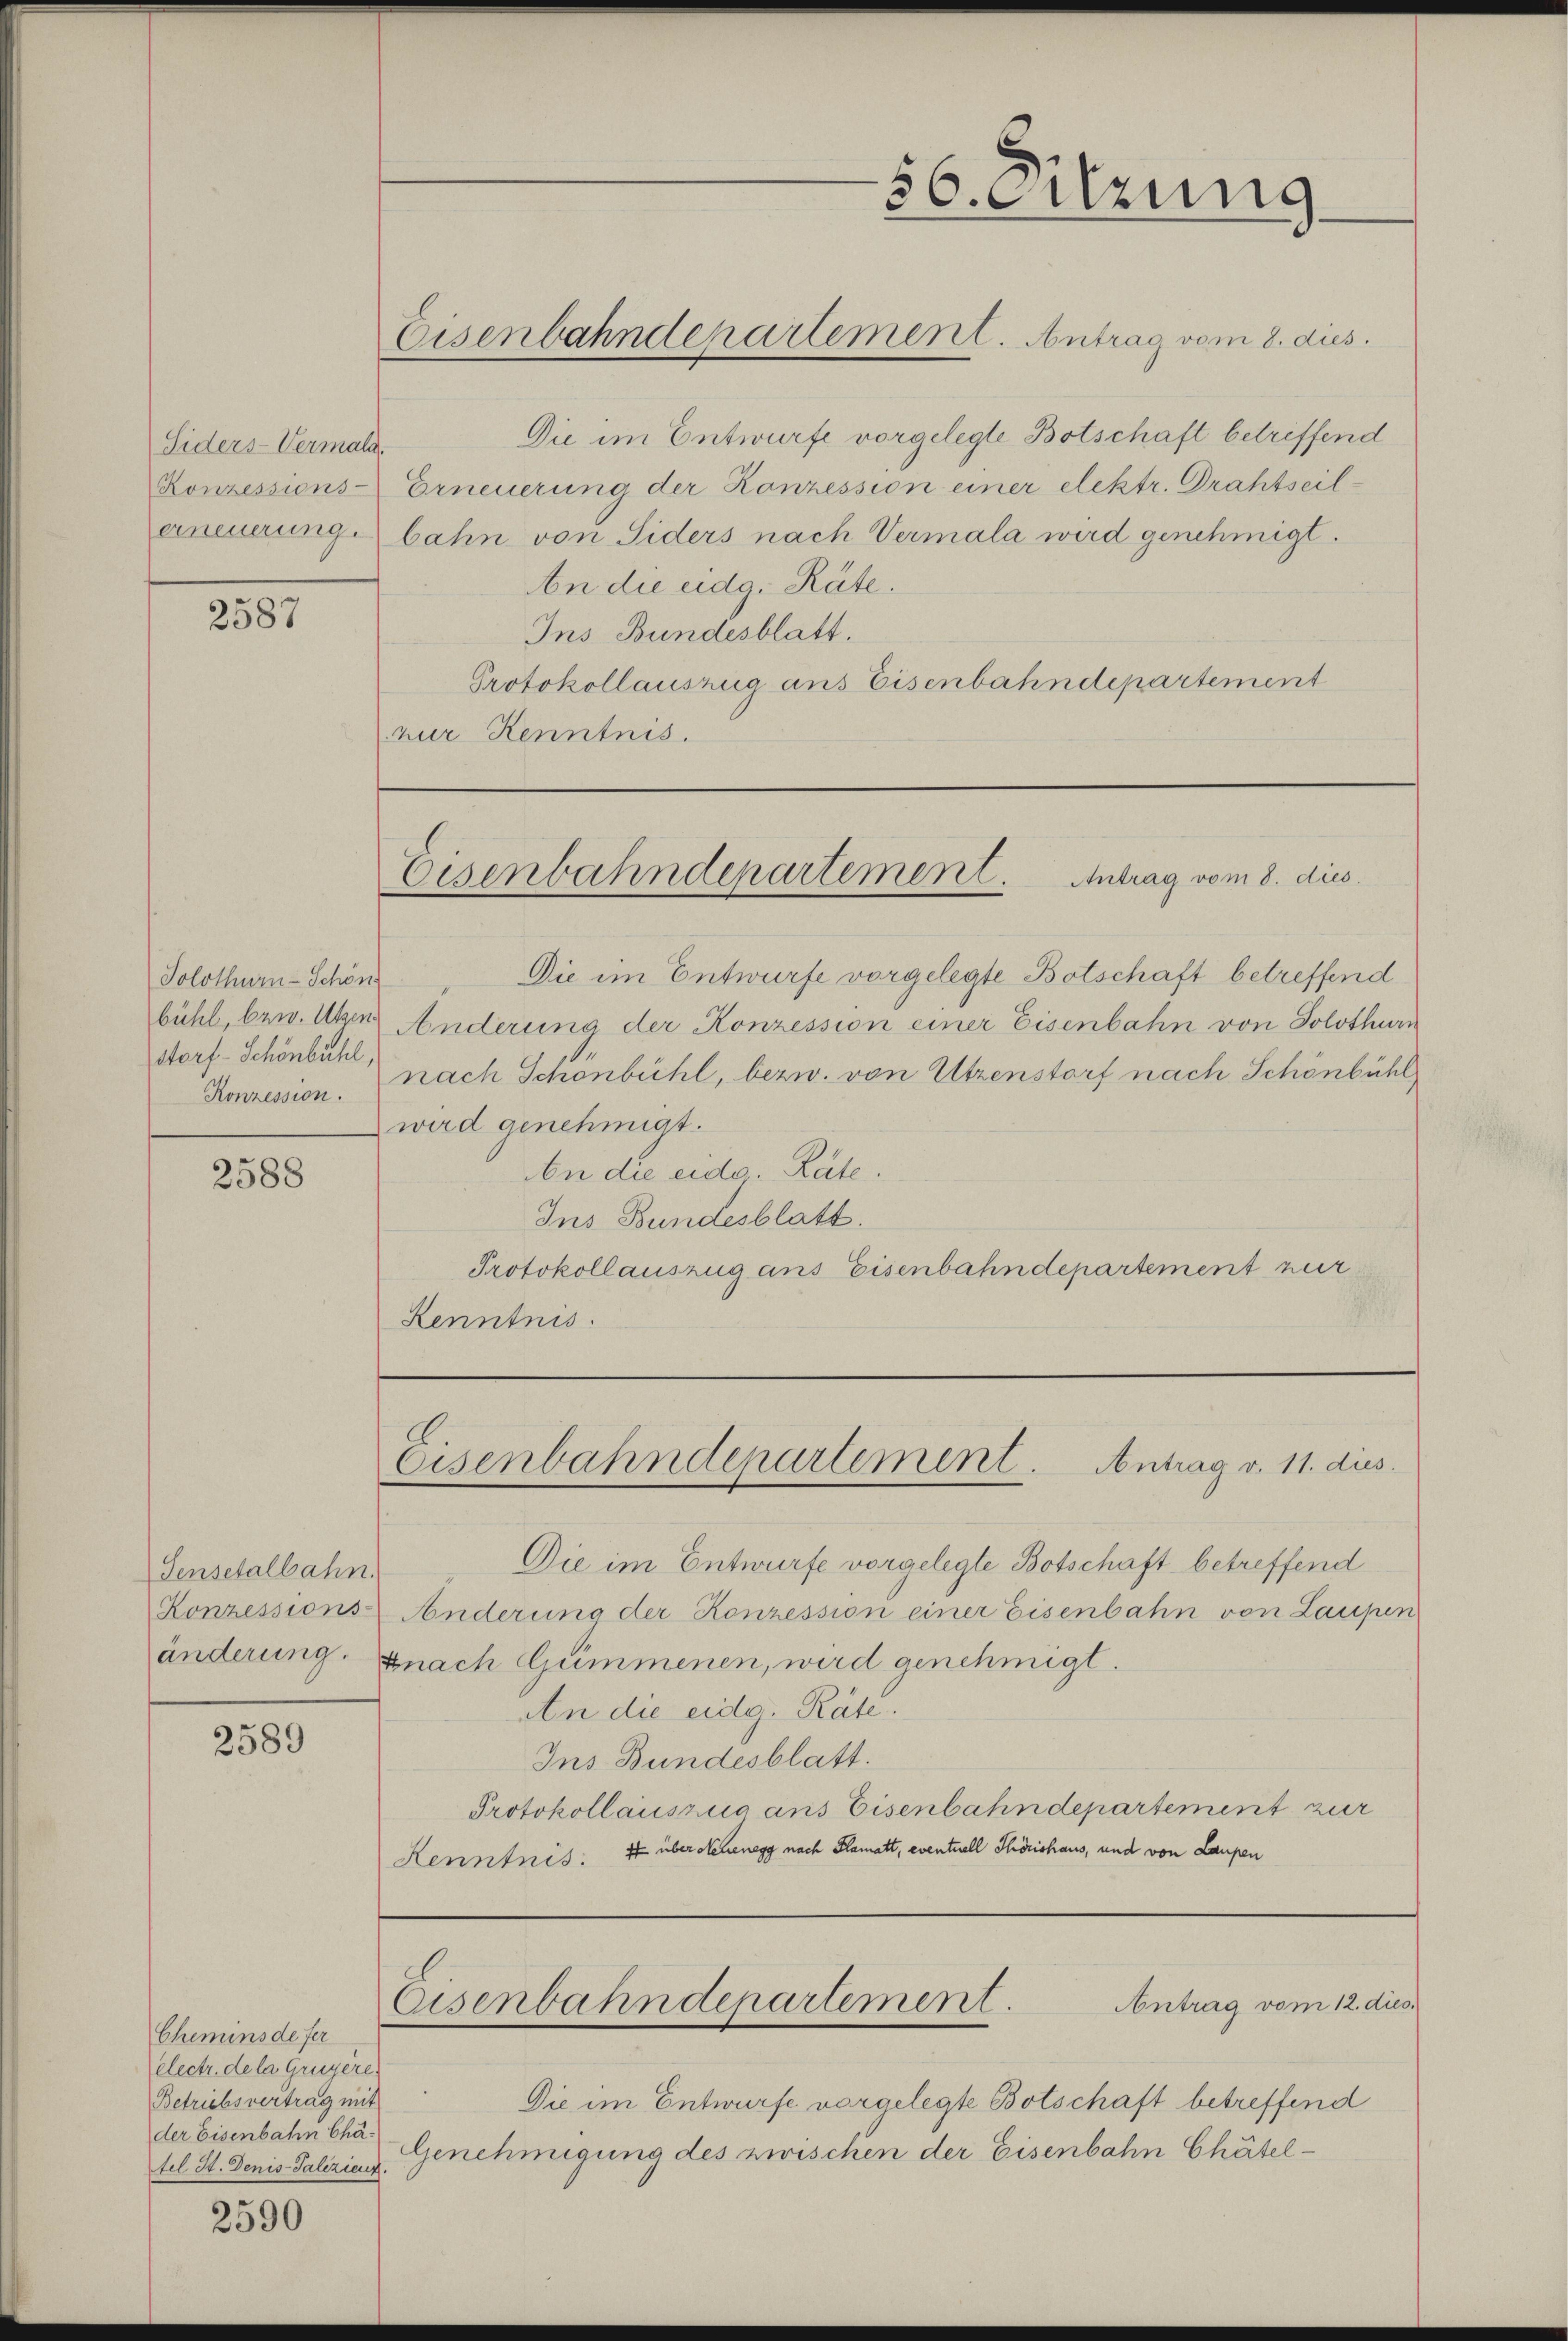
56. Sitzung

Eisenbahndepartement. Antrag vom 8. dus.

Die im Entwurfe vorgelegte Botschaft betriffend
Erneuerung der Konzession einer elektr. Drahtseilbahn von Siders nach Vermala wird genehmigt.
be die eidg. Räte.
Ins Bundesblatt.
Protokollauszug aus Eisenbahndepartement
nur Kenntnis.

Siders-Vermala
Konzessions-
erneuerung.

2587

Eisenbahndepartement. Antrag vom 8. dies

Die im Entwurfe vorgelegte Botschaft betreffend
Änderung der Konzession einer Eisenbahn von Solothurn
nach Schönbühl, bezw. von Utzenstorf nach Schönbühl
wird genehmigt.
n die eidg. Rate.
Ins Bundesblatt.
Protokollauszug aus Eisenbahndepartement zur
Kenntnis.

Solothurn-Schön
bühl, bzw. Utzen.
storf - Schönbühl,
Konzession.

2588

Eisenbahndepartement. Antrag v. 11. dies

Die im Entwurfe vorgelegte Botschaft betreffend
Änderung der Konzession einer Eisenbahn von Laupen
Knach Gummenen, wird genehmigt.
An die eidg. Räte.
Ins Bundesblatt.
Protokollauszug aus Eisenbahndepartement zur
Kenntnis. 7t über sehenegg nach Plamatt, eventuell Thörishaus, und von Laupen

Sensetalbahn.
Konzessions-
änderung.

2589

Antrag vom 12. dies
Eisenbahndepartement.

Die im Entwurfe vorgelegte Botschaft betreffend
Genehmigung des zwischen der Eisenbahn Chätel¬

Chemins de fer
electr. de la Gruyère
Betriebsvertrag mit
der Eisenbahn Chafel St. Denis-Talizient.

2590